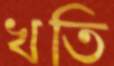
খতি